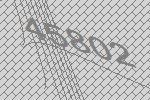
45802